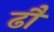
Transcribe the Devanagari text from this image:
ढौ